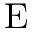
\textrm { E }